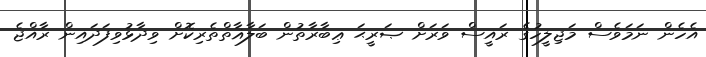
އެހެން ނަމަވެސް މަޖިލީހުގެ ރައީސް ވަރަށް ޞަރީޙަ ޢިބާރާތުން ބަލާޣާތްތެރިކޮށް ވިދާޅުވިފަދައިން ރާއްޖެ